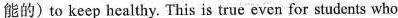
能的)to keep healthy. This is true even for students who